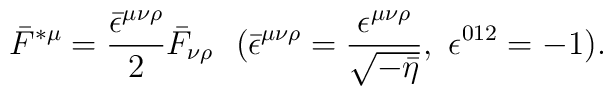
\bar{F}^{\ast\mu}=\frac{\bar{\epsilon}^{\mu\nu\rho}}{2}\bar{F}_{\nu\rho}~~(\bar{\epsilon}^{\mu\nu\rho}=\frac{\epsilon^{\mu\nu\rho}}{\sqrt{-\bar{\eta}}},~\epsilon^{012}=-1).